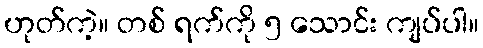
ဟုတ်ကဲ့။ တစ် ရက်ကို ၅ သောင်း ကျပ်ပါ။